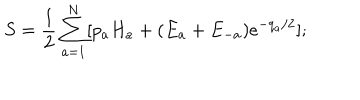
S = { \frac { 1 } { 2 } } \sum _ { a = 1 } ^ { N } [ p _ { a } H _ { a } + ( E _ { a } + E _ { - a } ) { e ^ { - q _ { a } / 2 } } ] ;